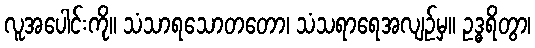
လူအပေါင်းကို။ သံသာရသောတတော၊ သံသရာရေအလျဉ်မှ။ ဥဒ္ဓရိတွာ၊